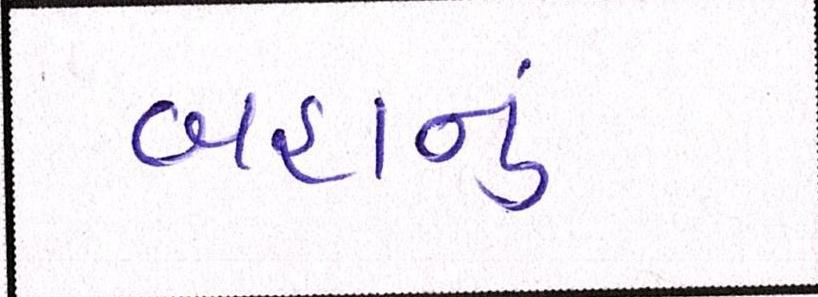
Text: બહાનું